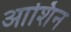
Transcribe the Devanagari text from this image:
आशिन